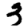
Digit: 3